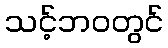
သင့်ဘဝတွင်